Indian journal of veterinary science and animal husbandry - Volumes 18-21, 1948-1951
Year: 1948
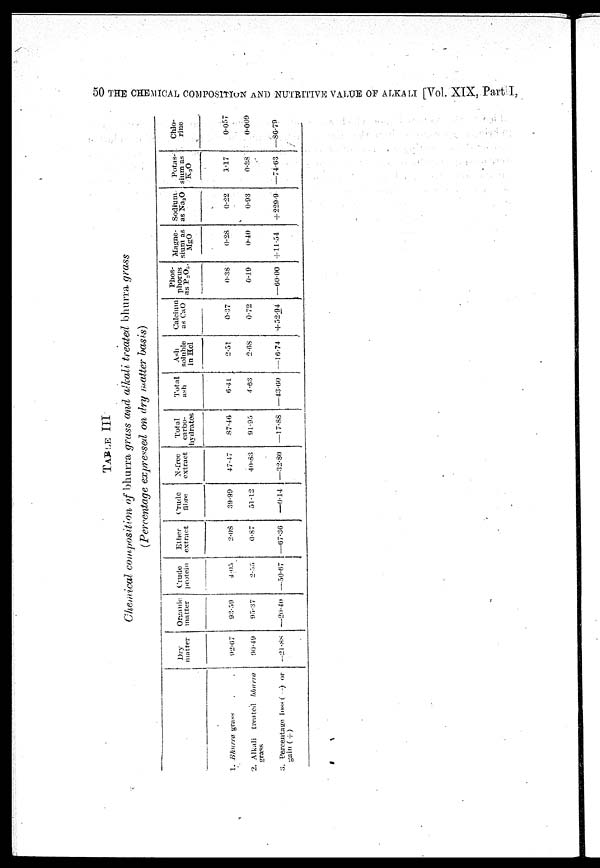
50 THE CHEMICAL COMPOSITION AND NUTRITIVE VALUE OF ALKALI [Vol. XIX, Part I,
TABLE
III
Chemical composition of bhurra grass and alkali treated bhurra grass
(Percentage expressed on dry matter basis)
1. Bhurra grass . .
2. Alkali treated
bhurra
grass
3. percentage loss (—) or
gain (+)
Dry
matter
92.07
90.49
—21.88
Organic
matter
93.59
95.37
—20.40
Crude
protein
4.05
2.55
— 50.67
Ether
extract
2.08
0.87
—67.36
Crude
fibre
39.99
51.12
—0.14
N-free
extract
47.47
40.83
—32.80
Total
carbo-
hydrates
87.46
91.95
—17.88
Total
ash
6.41
4.63
—43.60
Ash
soluble
in Hcl
2.51
2.68
—16.74
Calcium
as CaO
0.37
0.72
+ 32.94
Phos-
phorus P 2 O 3
0.38
0.19
—60.00
Magne-
sium as
MgO
0.28
0.40
+11.54
Sodium
as Na2O
0.22
0.93
+ 229.9
Potas-
sium as
K2O
3.17
0.38
—74.63
Chlo-
rine
0.057
0.009
—86.79